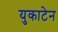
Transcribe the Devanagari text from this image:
युकाटेन